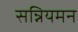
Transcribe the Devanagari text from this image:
सन्नियमन